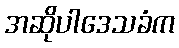
အဆိုပါဒေသခံက